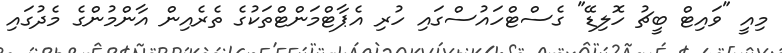
މިއީ "ވައިޓް ބީޗު ހޮލިޑޭ" ގެސްޓްހައުސްގައި ހުރި އެޕާޓްމަންޓްތަކުގެ ތެރެއިން އާންމުންގެ މެދުގައި